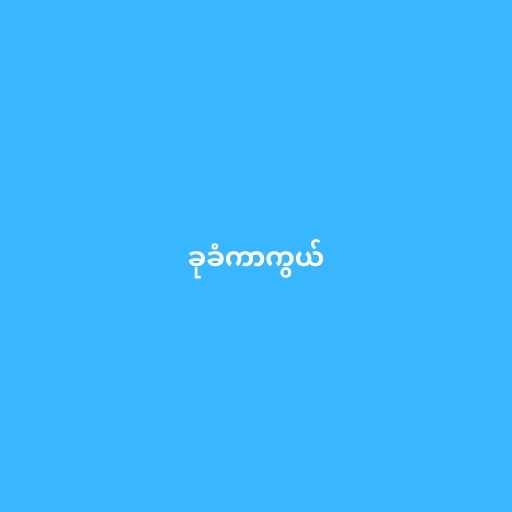
ခုခံကာကွယ်